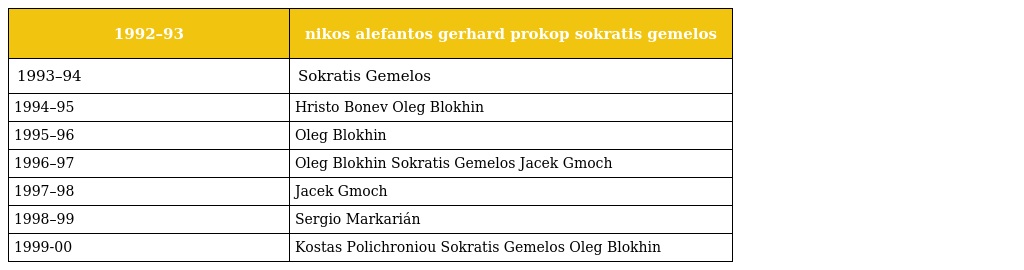
| 1992–93 | nikos alefantos gerhard prokop sokratis gemelos |
 | --- | --- |
 | 1993–94 | Sokratis Gemelos |
 | 1994–95 | Hristo Bonev Oleg Blokhin |
 | 1995–96 | Oleg Blokhin |
 | 1996–97 | Oleg Blokhin Sokratis Gemelos Jacek Gmoch |
 | 1997–98 | Jacek Gmoch |
 | 1998–99 | Sergio Markarián |
 | 1999-00 | Kostas Polichroniou Sokratis Gemelos Oleg Blokhin |